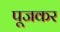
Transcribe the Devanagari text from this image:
पूजकर